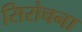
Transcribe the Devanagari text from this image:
सिरोचना